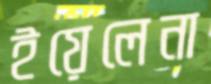
ইয়েলেনা